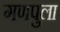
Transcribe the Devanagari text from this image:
गणपुला